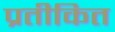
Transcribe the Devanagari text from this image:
प्रतीकित